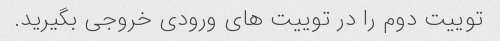
توییت دوم را در توییت های ورودی خروجی بگیرید.